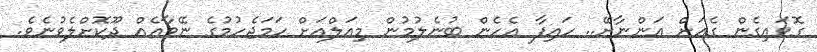
ގޮވައިގެން ގެއަށް އަންނާށޭ.. ހައިފާ އެހެން ބުނެލުމުން މިއަލްއަށް ހަމަޖެހުމުގެ ނޭވާއެއް ދޫކޮށްލެވުނެވެ.